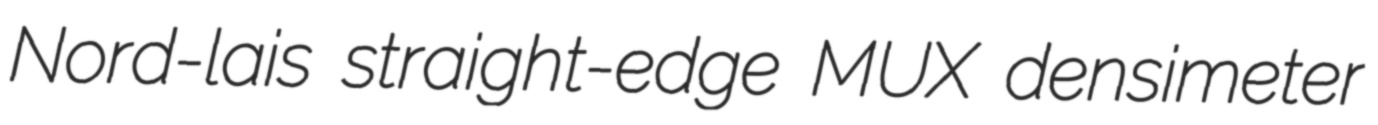
Nord-lais straight-edge MUX densimeter